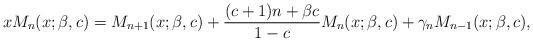
LaTeX: \begin{align*} xM_{n}(x;\beta,c)=M_{n+1}(x;\beta,c)+\frac{(c+1)n+\beta c}{1-c}M_{n}(x;\beta,c)+\gamma_nM_{n-1}(x;\beta,c),\end{align*}